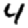
Digit: 4